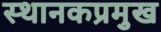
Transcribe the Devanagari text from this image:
स्थानकप्रमुख